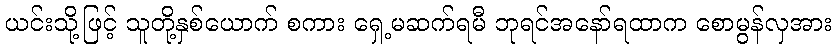
ယင်းသို့ဖြင့် သူတို့နှစ်ယောက် စကား ရှေ့မဆက်ရမီ ဘုရင်အနော်ရထာက စောမွန်လှအား